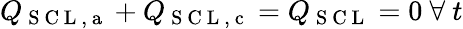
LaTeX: Q_{\mathrm{~S~C~L~,~a~}}+Q_{\mathrm{~S~C~L~,~c~}}=Q_{\mathrm{~S~C~L~}}=0\ \forall\ t